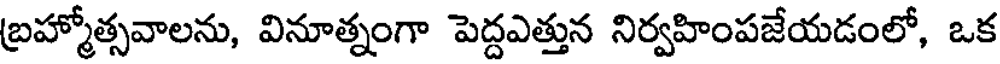
బ్రహ్మోత్సవాలను, వినూత్నంగా పెద్దఎత్తున నిర్వహింపజేయడంలో, ఒక